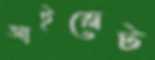
আইস্লেট